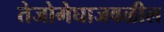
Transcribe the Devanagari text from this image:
तेजोमेघाजवळील